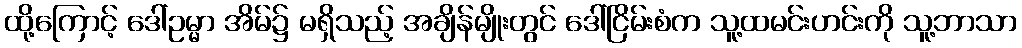
ထို့ကြောင့် ဒေါ်ဥမ္မာ အိမ်၌ မရှိသည့် အချိန်မျိုးတွင် ဒေါ်ငြိမ်းစံက သူ့ထမင်းဟင်းကို သူ့ဘာသာ